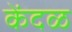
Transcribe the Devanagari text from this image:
केंदळ